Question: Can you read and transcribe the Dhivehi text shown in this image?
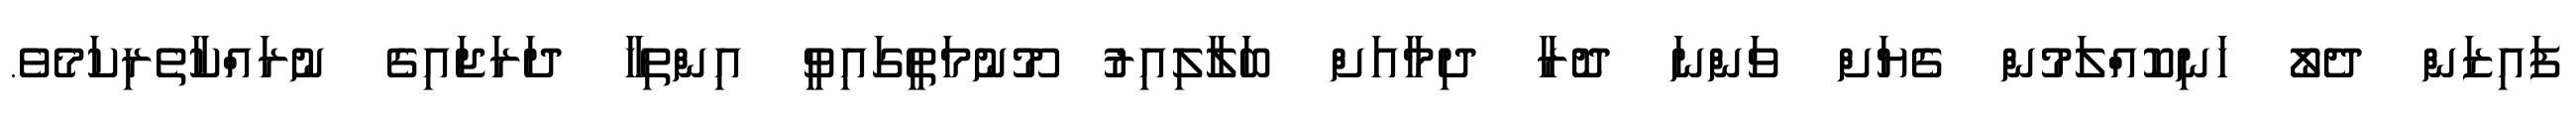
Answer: ފައިޒަން ދެލޯ ހަނިކޮއްލަމުން ގެޔަށް ވަންނަ ދޮރާ ދިމާއަށް ބަލާލިއިރު މޫނުމަތީގައިވީ އިންތިހާ ދަރަޖައިގެ ނުރައްކާތެރިކަމެވެ.